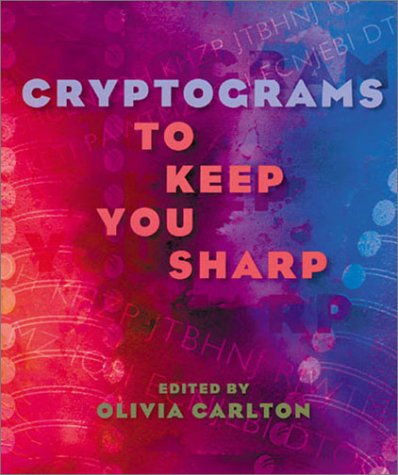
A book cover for Cryptograms to Keep You Sharp; Olivia Carlton; Humor & Entertainment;